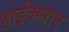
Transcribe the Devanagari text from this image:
हाईकमान